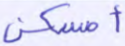
أمسكن